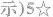
示)5☆